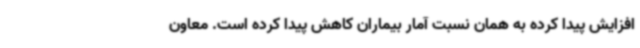
افزایش پیدا کرده به همان نسبت آمار بیماران کاهش پیدا کرده است. معاون